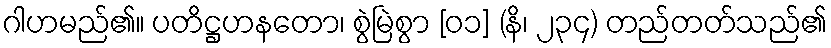
ဂါဟမည်၏။ ပတိဋ္ဌဟနတော၊ စွဲမြဲစွာ [၀၁] (နိ၊ ၂၃၄) တည်တတ်သည်၏